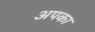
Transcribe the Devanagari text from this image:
अपका